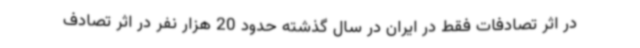
در اثر تصادفات فقط در ایران در سال گذشته حدود 20 هزار نفر در اثر تصادف